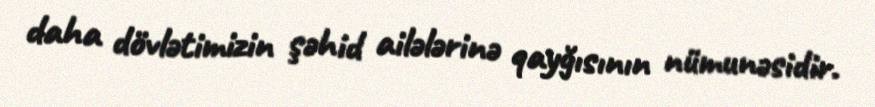
daha dövlətimizin şəhid ailələrinə qayğısının nümunəsidir.